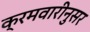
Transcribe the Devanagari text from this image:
क्रमवारीनुसर